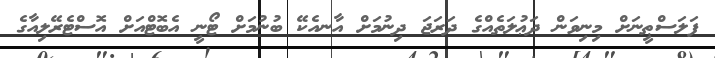
ފަލަސްޠީނަށް މިނިވަން ދަޢުލަތެއްގެ ދަރަޖަ ދިނުމަށް އާނއެކޭ ބުނުމަށް ޓޯނީ އެބޮޓްއަށް އޮސްޓެރޭލިއާގެ